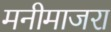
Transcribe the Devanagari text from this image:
मनीमाजरा